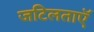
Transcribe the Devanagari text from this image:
जटिलताएॅ